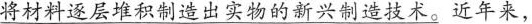
\underline{将材料逐层堆积制造出实物的新兴制造技术。近年来，}